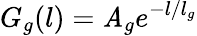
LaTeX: G_{g}(l)=\mathit{A}_{g}e^{-l/l_{g}}